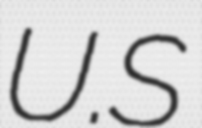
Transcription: U.S